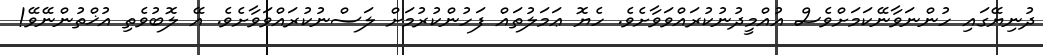
ދުނިޔޭގައި ހުންނަވާނޭކަމަށްވެސް އުއްމީދުނުކުރައްވަވާށެވެ. ހެޔޮ ޢަމަލުތައް ފަހުންކުރުމަށް ލަސްނުކުރައްވަވާށެވެ. އޭ ލޮބުވެތި އުޚްތުންނޭވޭ!